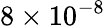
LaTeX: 8\times 10^{-8}